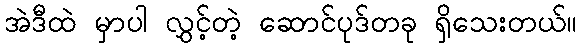
အဲဒီထဲ မှာပါ လွှင့်တဲ့ ဆောင်ပုဒ်တခု ရှိသေးတယ်။